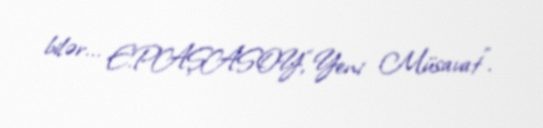
bilər... E.PAŞASOY,“Yeni Müsavat”.